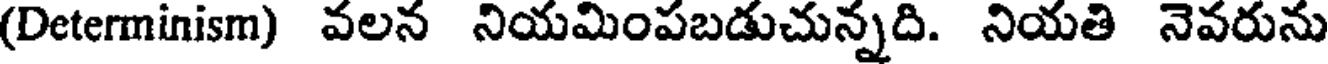
(Determinism) వలన నియమింపబడుచున్నది. నియతి నెవరును